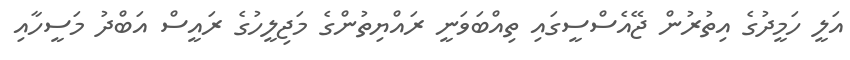
އަލީ ހަމީދުގެ އިތުރުން ޖޭއެސްސީގައި ތިއްބަވަނީ ރައްޔިތުންގެ މަޖިލީހުގެ ރައީސް އަބްދު މަސީހާއި